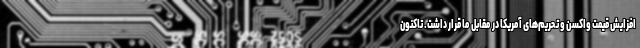
افزایش قیمت واکسن و تحریم‌های آمریکا در مقابل ما قرار داشت. تاکنون